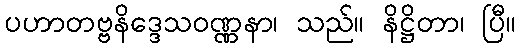
ပဟာတဗ္ဗနိဒ္ဒေသဝဏ္ဏနာ၊ သည်။ နိဋ္ဌိတာ၊ ပြီ။